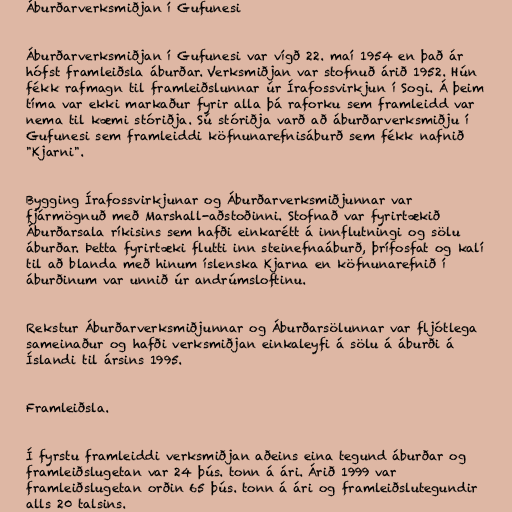
Áburðarverksmiðjan í Gufunesi

Áburðarverksmiðjan í Gufunesi var vígð 22. maí 1954 en það ár
hófst framleiðsla áburðar. Verksmiðjan var stofnuð árið 1952. Hún
fékk rafmagn til framleiðslunnar úr Írafossvirkjun í Sogi. Á þeim
tíma var ekki markaður fyrir alla þá raforku sem framleidd var
nema til kæmi stóriðja. Sú stóriðja varð að áburðarverksmiðju í
Gufunesi sem framleiddi köfnunarefnisáburð sem fékk nafnið
"Kjarni".

Bygging Írafossvirkjunar og Áburðarverksmiðjunnar var
fjármögnuð með Marshall-aðstoðinni. Stofnað var fyrirtækið
Áburðarsala ríkisins sem hafði einkarétt á innflutningi og sölu
áburðar. Þetta fyrirtæki flutti inn steinefnaáburð, þrífosfat og kalí
til að blanda með hinum íslenska Kjarna en köfnunarefnið í
áburðinum var unnið úr andrúmsloftinu.

Rekstur Áburðarverksmiðjunnar og Áburðarsölunnar var fljótlega
sameinaður og hafði verksmiðjan einkaleyfi á sölu á áburði á
Íslandi til ársins 1995.

Framleiðsla.

Í fyrstu framleiddi verksmiðjan aðeins eina tegund áburðar og
framleiðslugetan var 24 þús. tonn á ári. Árið 1999 var
framleiðslugetan orðin 65 þús. tonn á ári og framleiðslutegundir
alls 20 talsins.